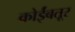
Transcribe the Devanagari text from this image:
कोर्इंबतूर